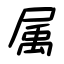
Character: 属